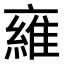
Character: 𬽜